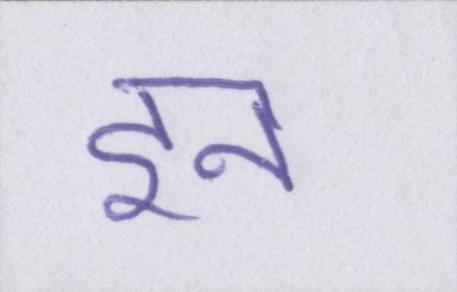
इन